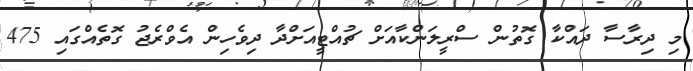
މި ދިރާސާ ދައްކާ ގޮތުން ސްރީލަންކާއަށް ޗުއްޓީއަށްދާ ދިވެހިން އެވްރެޖު ގޮތެއްގައި 475